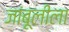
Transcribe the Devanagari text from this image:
जांबूलीला